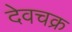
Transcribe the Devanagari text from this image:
देवचक्र